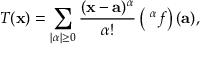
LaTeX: T ( \mathbf { x } ) = \sum _ { | \alpha | \geq 0 } { \frac { ( \mathbf { x } - \mathbf { a } ) ^ { \alpha } } { \alpha ! } } \left( { \mathrm { \partial } ^ { \alpha } } f \right) ( \mathbf { a } ) ,